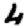
Digit: 4